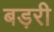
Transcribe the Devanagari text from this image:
बड़री